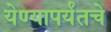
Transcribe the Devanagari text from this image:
येण्यापर्यंतचे